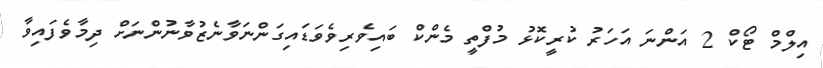
އިލްމް ޓޯކް 2 އަންނަ އަހަރު ކުރީކޮޅު މުފްތީ މެންކް ބައިވެރިވެވަޑައިގަންނަވާނެޒުވާނުންނަށް ދިމާވެފައިވާ